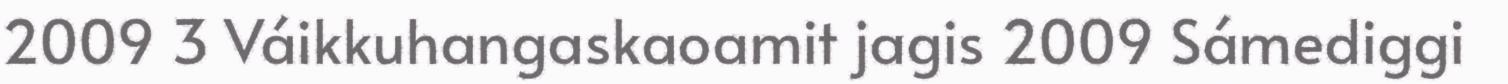
2009 3 Váikkuhangaskaoamit jagis 2009 Sámediggi